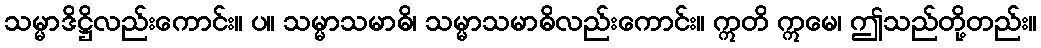
သမ္မာဒိဋ္ဌိလည်းကောင်း။ ပ။ သမ္မာသမာဓိ၊ သမ္မာသမာဓိလည်းကောင်း။ ဣတိ ဣမေ၊ ဤသည်တို့တည်း။